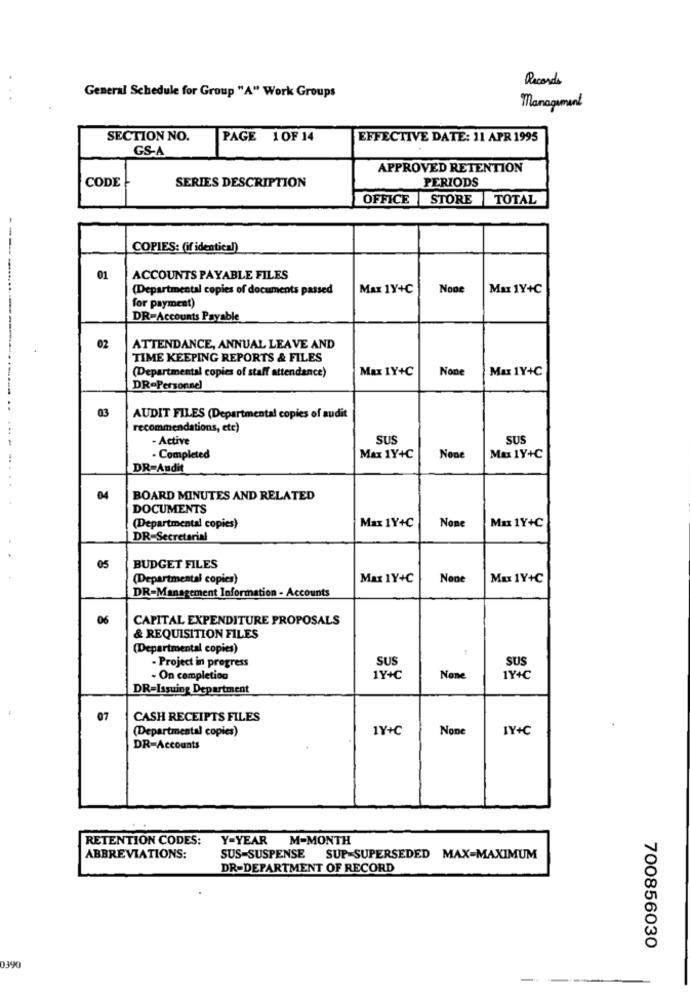
Records
...
General Schedule for Group "A" Work Groups
Management
SECTION NO.
PAGE 1OF 14
EFFECTIVE DATE: 11 APR 1995
GS-A
APPROVED RETENTION
CODE
PERIODS
SERIES DESCRIPTION
OFFICE STORE TOTAL
COPIES: (if identical)
01
ACCOUNTS PAYABLE FILES
(Departmental copies of documents passed
Max 1Y+C
Max 1Y+C
for payment)
DR-Accounts Payable
02
ATTENDANCE, ANNUAL LEAVE AND
TIME KEEPING REPORTS & FILES
(Departmental copies of staff attendance)
Max IY+C
Max 1Y+C
DR=Personnel
03
AUDIT FILES (Departmental copies of audit
recommendations, etc)
- Active
SUS
SUS
· Completed
Max 1Y+C
Max 1Y+C
DR-Audit
04
BOARD MINUTES AND RELATED
DOCUMENTS
Max 1Y+C
Max 1Y+C
(Departmental copies)
DR-Secretarial
05
BUDGET FILES
(Departmental copies)
Max 1Y+C
Max 1Y+C
DR-Management Information - Accounts
06
CAPITAL EXPENDITURE PROPOSALS
& REQUISITION FILES
(Departmental copies)
SUS
SUS
- Project in progress
- On completion
1Y+C
1Y+C
DR=Issuing Department
07
CASH RECEIPTS FILES
(Departmental copies)
1Y+C
IY+C
DR-Accounts
RETENTION CODES:
Y-YEAR
M-MONTH
ABBREVIATIONS:
SUS=SUSPENSE SUP-SUPERSEDED MAX-MAXIMUM
DR-DEPARTMENT OF RECORD
700856030
0390